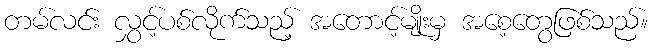
တမ်လင်း လွှင့်ပစ်လိုက်သည့် အတောင့်မျိုးမှ အစေ့တွေဖြစ်သည်။